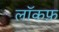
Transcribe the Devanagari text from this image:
लॉकफ़